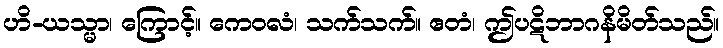
ဟိ-ယသ္မာ၊ ကြောင့်။ ကေဝလံ၊ သက်သက်။ ဧတံ၊ ဤပဋိဘာဂနိမိတ်သည်။